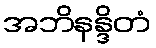
အဘိနန္ဒိတံ